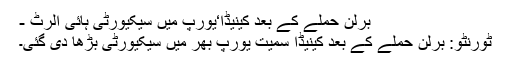
برلن حملے کے بعد کینیڈا‘یورپ میں سیکیورٹی ہائی الرٹ -
ٹورنٹو: برلن حملے کے بعد کینیڈا سمیت یورپ بھر میں سیکیورٹی بڑھا دی گئی۔